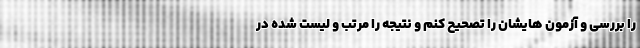
را بررسی و آزمون هایشان را تصحیح کنم و نتیجه را مرتب و لیست شده در